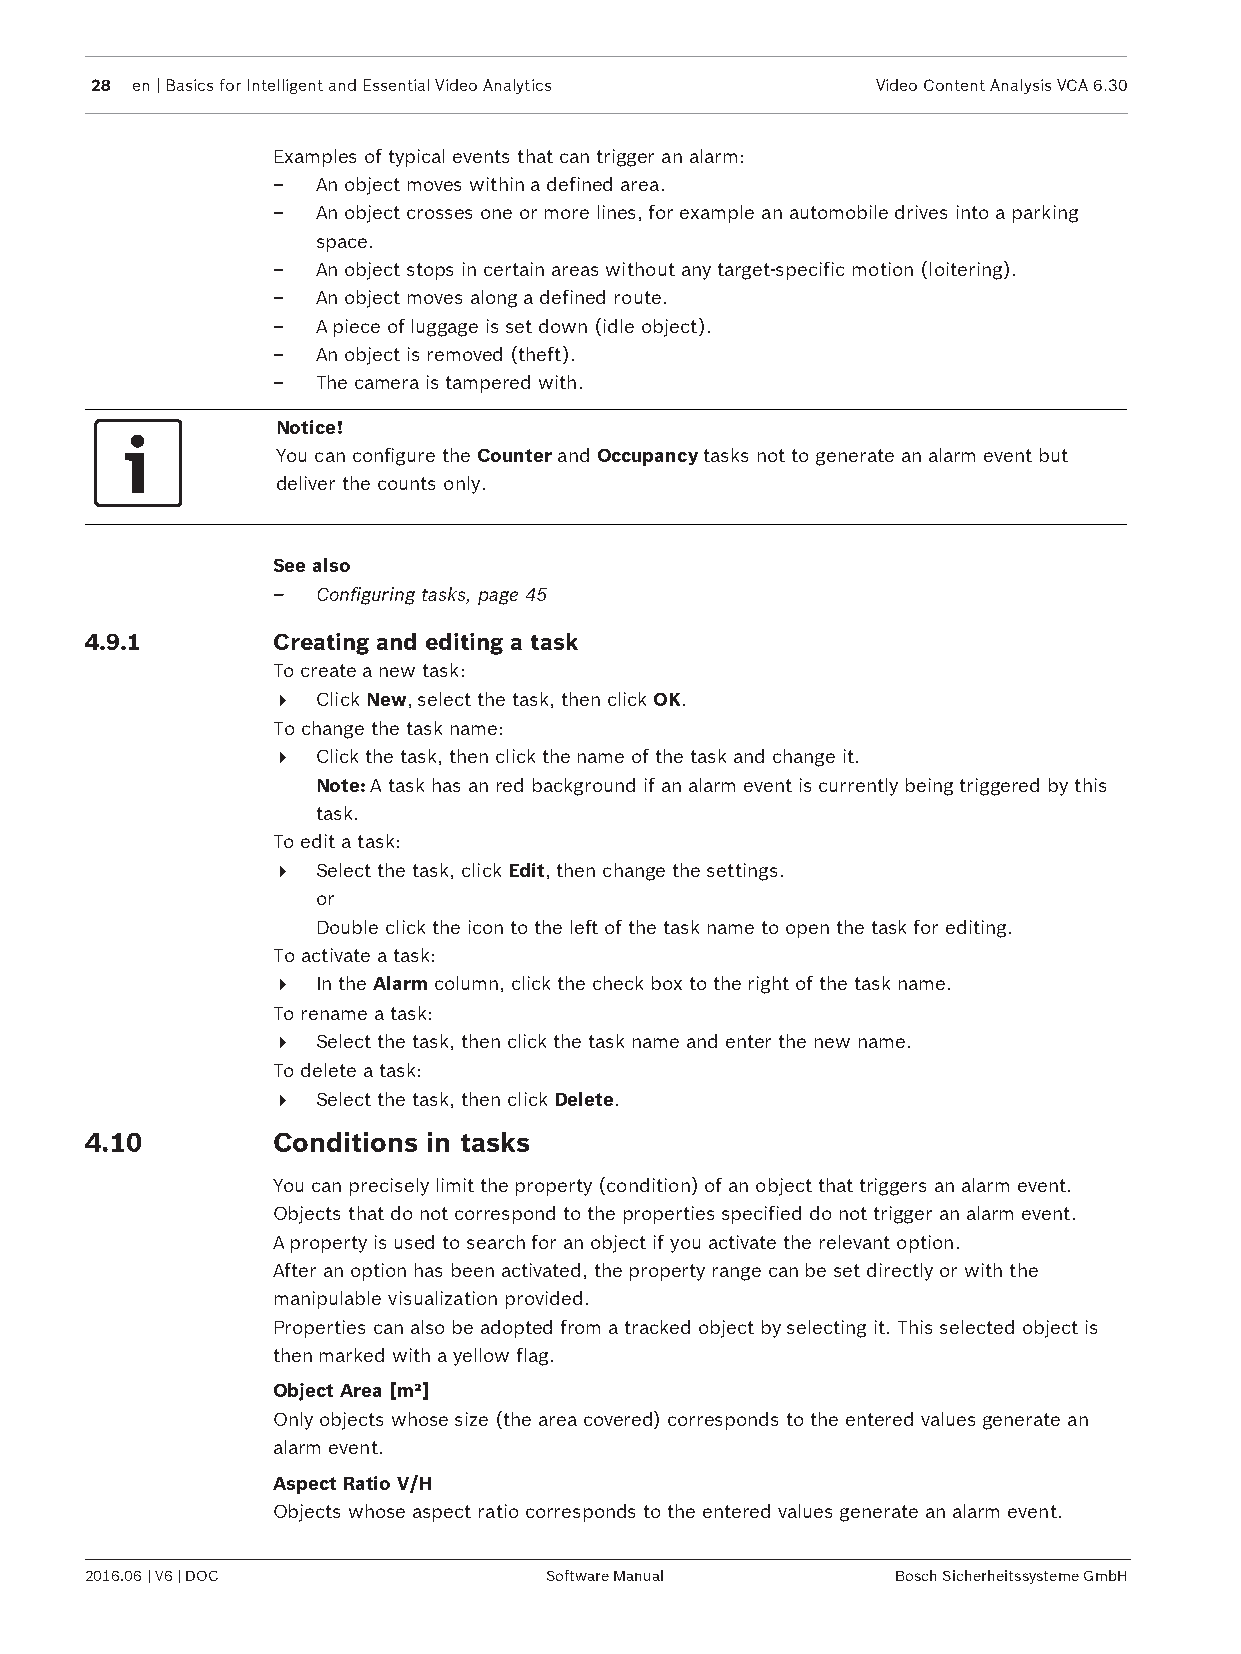
28 en | Basics for Intelligent and Essential Video Analytics Video Content Analysis VCA 6.30
 Examples of typical events that can trigger an alarm:
 –  An object moves within a defined area.
 –  An object crosses one or more lines, for example an automobile drives into a parking
 space.
 –  An object stops in certain areas without any target-specific motion (loitering).
 –  An object moves along a defined route.
 –  A piece of luggage is set down (idle object).
 –  An object is removed (theft).
 –  The camera is tampered with.
 Notice!
 You can configure the Counter and Occupancy tasks not to generate an alarm event but
 deliver the counts only.
 See also
 –  Configuring tasks, page 45
 4.9.1       Creating and editing a task
 To create a new task:
 4  Click New, select the task, then click OK.
 To change the task name:
 4  Click the task, then click the name of the task and change it.
 Note: A task has an red background if an alarm event is currently being triggered by this
 task.
 To edit a task:
 4  Select the task, click Edit, then change the settings.
 or
 Double click the icon to the left of the task name to open the task for editing.
 To activate a task:
 4  In the Alarm column, click the check box to the right of the task name.
 To rename a task:
 4  Select the task, then click the task name and enter the new name.
 To delete a task:
 4  Select the task, then click Delete.
 4.10        Conditions in tasks
 You can precisely limit the property (condition) of an object that triggers an alarm event.
 Objects that do not correspond to the properties specified do not trigger an alarm event.
 A property is used to search for an object if you activate the relevant option.
 After an option has been activated, the property range can be set directly or with the
 manipulable visualization provided.
 Properties can also be adopted from a tracked object by selecting it. This selected object is
 then marked with a yellow flag.
 Object Area [m²]
 Only objects whose size (the area covered) corresponds to the entered values generate an
 alarm event.
 Aspect Ratio V/H
 Objects whose aspect ratio corresponds to the entered values generate an alarm event.
 2016.06 | V6 | DOC            Software Manual        Bosch Sicherheitssysteme GmbH